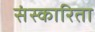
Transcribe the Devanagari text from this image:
संस्कारिता